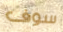
سوف